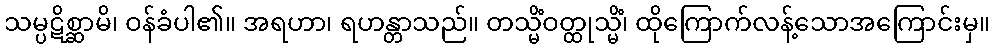
သမ္ပဋိစ္ဆာမိ၊ ဝန်ခံပါ၏။ အရဟာ၊ ရဟန္တာသည်။ တသ္မိံဝတ္ထုသ္မိံ၊ ထိုကြောက်လန့်သောအကြောင်းမှ။